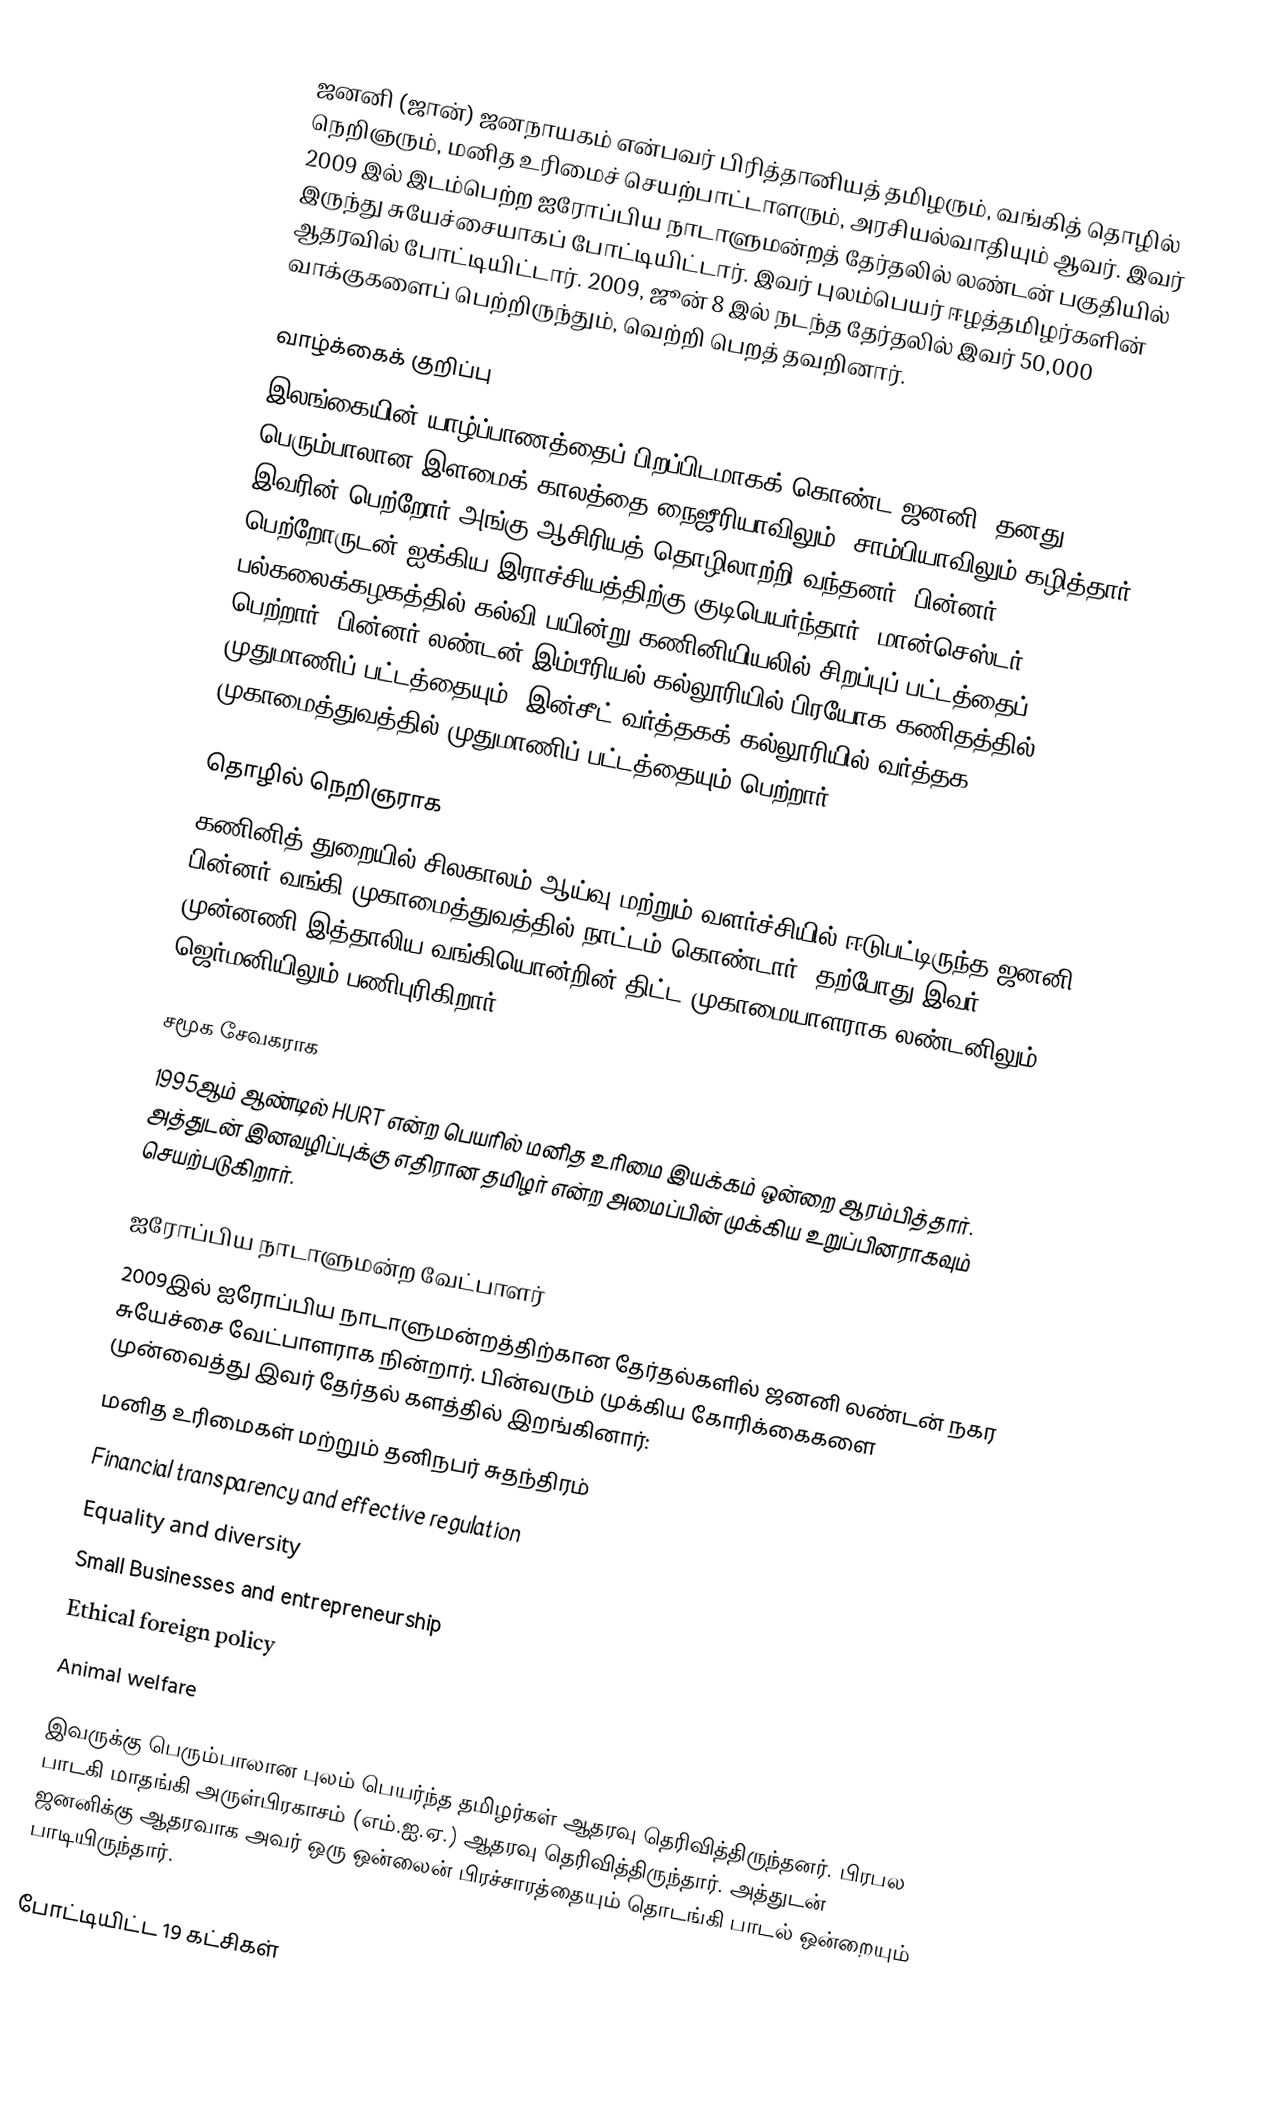
ஜனனி (ஜான்) ஜனநாயகம் என்பவர் பிரித்தானியத் தமிழரும், வங்கித் தொழில் நெறிஞரும், மனித உரிமைச் செயற்பாட்டாளரும், அரசியல்வாதியும் ஆவர். இவர் 2009 இல் இடம்பெற்ற ஐரோப்பிய நாடாளுமன்றத் தேர்தலில் லண்டன் பகுதியில் இருந்து சுயேச்சையாகப் போட்டியிட்டார். இவர் புலம்பெயர் ஈழத்தமிழர்களின் ஆதரவில் போட்டியிட்டார். 2009, ஜூன் 8 இல் நடந்த தேர்தலில் இவர் 50,000 வாக்குகளைப் பெற்றிருந்தும், வெற்றி பெறத் தவறினார்.

வாழ்க்கைக் குறிப்பு
இலங்கையின் யாழ்ப்பாணத்தைப் பிறப்பிடமாகக் கொண்ட ஜனனி, தனது பெரும்பாலான இளமைக் காலத்தை நைஜீரியாவிலும், சாம்பியாவிலும் கழித்தார். இவரின் பெற்றோர் அங்கு ஆசிரியத் தொழிலாற்றி வந்தனர். பின்னர் பெற்றோருடன் ஐக்கிய இராச்சியத்திற்கு குடிபெயர்ந்தார். மான்செஸ்டர் பல்கலைக்கழகத்தில் கல்வி பயின்று கணினியியலில் சிறப்புப் பட்டத்தைப் பெற்றார். பின்னர் லண்டன் இம்பீரியல் கல்லூரியில் பிரயோக கணிதத்தில் முதுமாணிப் பட்டத்தையும், இன்சீட் வர்த்தகக் கல்லூரியில் வர்த்தக முகாமைத்துவத்தில் முதுமாணிப் பட்டத்தையும் பெற்றார்.

தொழில் நெறிஞராக
கணினித் துறையில் சிலகாலம் ஆய்வு மற்றும் வளர்ச்சியில் ஈடுபட்டிருந்த ஜனனி, பின்னர் வங்கி முகாமைத்துவத்தில் நாட்டம் கொண்டார். தற்போது இவர் முன்னணி இத்தாலிய வங்கியொன்றின் திட்ட முகாமையாளராக லண்டனிலும், ஜெர்மனியிலும் பணிபுரிகிறார்.

சமூக சேவகராக
1995ஆம் ஆண்டில் HURT என்ற பெயரில் மனித உரிமை இயக்கம் ஒன்றை ஆரம்பித்தார். அத்துடன் இனவழிப்புக்கு எதிரான தமிழர் என்ற அமைப்பின் முக்கிய உறுப்பினராகவும் செயற்படுகிறார்.

ஐரோப்பிய நாடாளுமன்ற வேட்பாளர்
2009இல் ஐரோப்பிய நாடாளுமன்றத்திற்கான தேர்தல்களில் ஜனனி லண்டன் நகர சுயேச்சை வேட்பாளராக நின்றார். பின்வரும் முக்கிய கோரிக்கைகளை முன்வைத்து இவர் தேர்தல் களத்தில் இறங்கினார்:
 மனித உரிமைகள் மற்றும் தனிநபர் சுதந்திரம்
 Financial transparency and effective regulation
 Equality and diversity
 Small Businesses and entrepreneurship
 Ethical foreign policy
 Animal welfare

இவருக்கு பெரும்பாலான புலம் பெயர்ந்த தமிழர்கள் ஆதரவு தெரிவித்திருந்தனர். பிரபல பாடகி மாதங்கி அருள்பிரகாசம் (எம்.ஐ.ஏ.) ஆதரவு தெரிவித்திருந்தார். அத்துடன் ஜனனிக்கு ஆதரவாக அவர் ஒரு ஒன்லைன் பிரச்சாரத்தையும் தொடங்கி பாடல் ஒன்றையும் பாடியிருந்தார்.

போட்டியிட்ட 19 கட்சிகள்